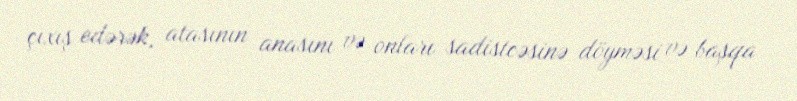
çıxış edərək, atasının anasını və onları sadistcəsinə döyməsi və başqa